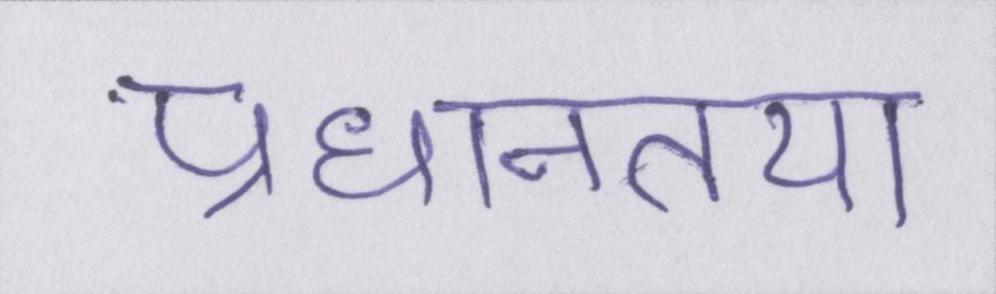
प्रधानतया